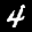
Label: 4